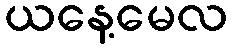
ယနေ့မေလ